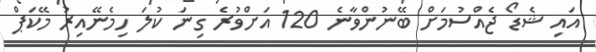
އައި ޝެޑޯ ޖެއްސުމަށް ބޭނުންވާނެ 120 އަށްވުރެ ގިނަ ކުލަ ހިމެނޭއިރު މޭކަޕް